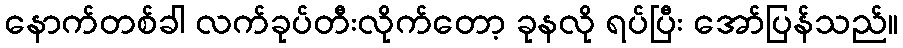
နောက်တစ်ခါ လက်ခုပ်တီးလိုက်တော့ ခုနလို ရပ်ပြီး အော်ပြန်သည်။